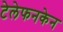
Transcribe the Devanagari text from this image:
टेलेफनकेन